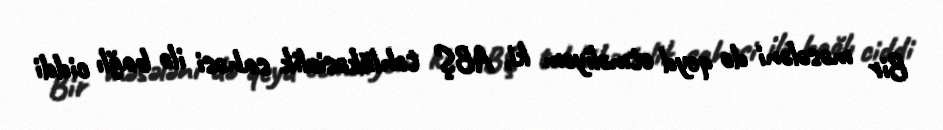
Bir məsələni də qeyd etməliyəm ki, ABŞ təhlükəsizlik sahəsi ilə bağlı ciddi